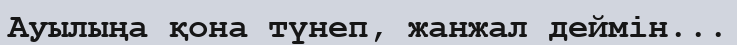
Ауылыңа қона түнеп, жанжал деймін...